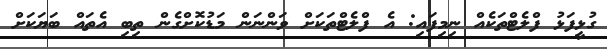
ގުޅީފަޅު ފްލެޓްތަކެއް ނިމިފައި: އެ ފްލެޓްތަކަށް ވަންނަން މަޑުކޮށްގެން ތިބި އެތައް ބަޔަކަށް